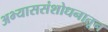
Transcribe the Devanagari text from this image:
अभ्याससंशोधनातून